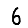
Digit: 6